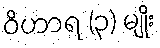
ဝိဟာရ (၃) မျိုး